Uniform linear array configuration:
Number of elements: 16
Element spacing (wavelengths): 0.5
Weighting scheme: binomial
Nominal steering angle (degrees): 60
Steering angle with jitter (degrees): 60.984
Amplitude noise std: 0.05
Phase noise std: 0.05

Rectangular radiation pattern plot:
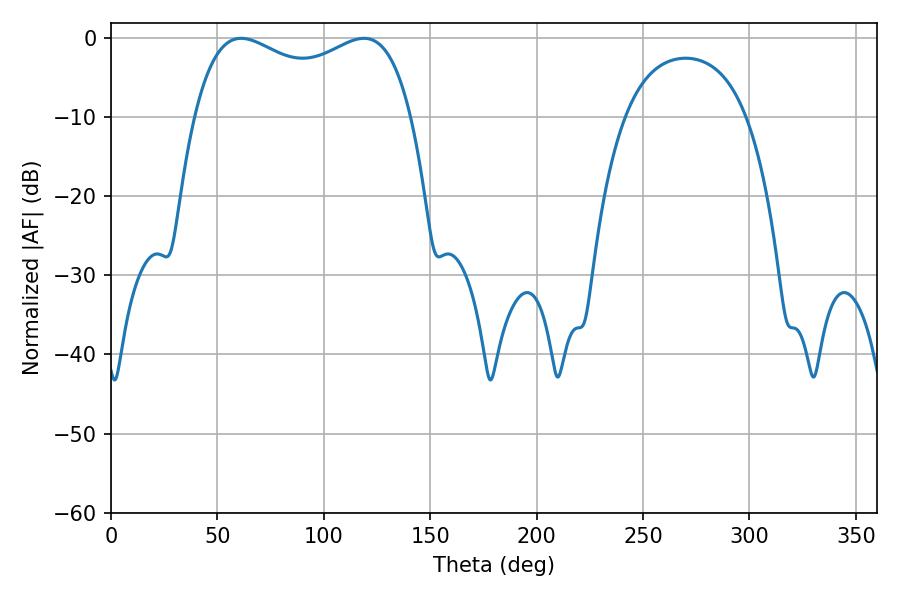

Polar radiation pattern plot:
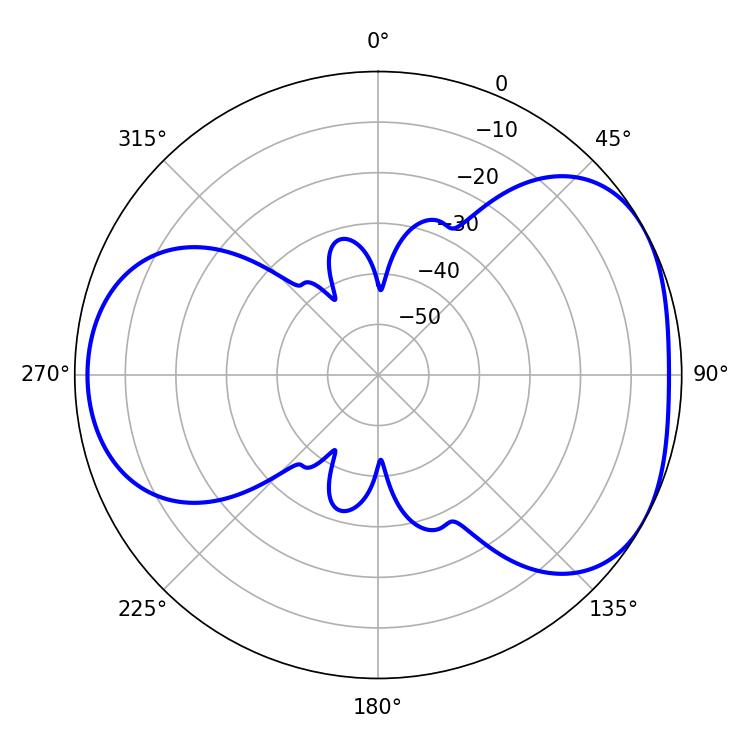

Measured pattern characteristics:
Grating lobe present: FALSE
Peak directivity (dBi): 4.433
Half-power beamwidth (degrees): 84.24
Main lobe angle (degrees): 61.2